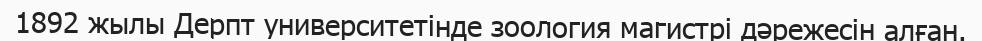
1892 жылы Дерпт университетінде зоология магистрі дәрежесін алған.